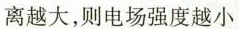
离越大，则电场强度越小